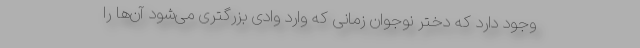
وجود دارد که دختر نوجوان زمانی که وارد وادی بزرگتری می‌شود آن‌ها را